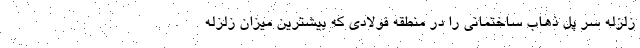
زلزله سر پل ذهاب ساختمانی را در منطقه فولادی که بیشترین میزان زلزله